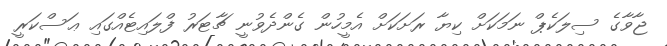
ޖާވާގެ ސިލަކެޕް ނަމަކަށް ކިޔާ ރަށަކަށް އެމީހުން ގެންދެވުނީ ޗާޓަރު ފްލައިޓެއްގައި ޢަސްކަރީ